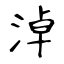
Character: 淖